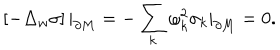
\left[ - \Delta _ { w } \sigma \right] | _ { \partial M } = - \sum _ { k } \omega _ { k } ^ { 2 } \sigma _ { k } | _ { \partial M } = 0 .